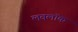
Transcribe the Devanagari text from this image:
लवलॉक